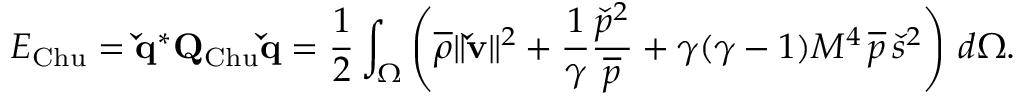
E _ { \mathrm { C h u } } = \mathbf { \check { q } } ^ { * } \mathbf { Q } _ { \mathrm { C h u } } \mathbf { \check { q } } = \frac { 1 } { 2 } \int _ { \Omega } \left( \overline { { \rho } } \| \mathbf { \check { v } } \| ^ { 2 } + \frac { 1 } { \gamma } \frac { \check { p } ^ { 2 } } { \overline { { p } } } + \gamma ( \gamma - 1 ) M ^ { 4 } \, \overline { { p } } \, \check { s } ^ { 2 } \right) \, d \Omega .